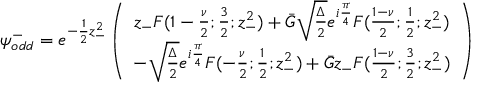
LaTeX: { \psi } _ { o d d } ^ { - } = e ^ { - \frac { 1 } { 2 } z _ { - } ^ { 2 } } \left( \begin{array} { c } { { z _ { - } F ( 1 - \frac { \nu } { 2 } ; \frac { 3 } { 2 } ; z _ { - } ^ { 2 } ) + \bar { G } \sqrt { \frac { \Delta } { 2 } } e ^ { i \frac { \pi } { 4 } } F ( \frac { 1 - \nu } { 2 } ; \frac { 1 } { 2 } ; z _ { - } ^ { 2 } ) } } \\ { { - \sqrt { \frac { \Delta } { 2 } } e ^ { i \frac { \pi } { 4 } } F ( - \frac { \nu } { 2 } ; \frac { 1 } { 2 } ; z _ { - } ^ { 2 } ) + \bar { G } z _ { - } F ( \frac { 1 - \nu } { 2 } ; \frac { 3 } { 2 } ; z _ { - } ^ { 2 } ) } } \end{array} \right)